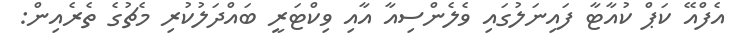
އެފްއޭ ކަޕް ކުއާޓާ ފައިނަލުގައި ވެލެންސިއާ އާއި ވިކްޓަރީ ބައްދަލުކުރި މެޗުގެ ތެރެއިން: